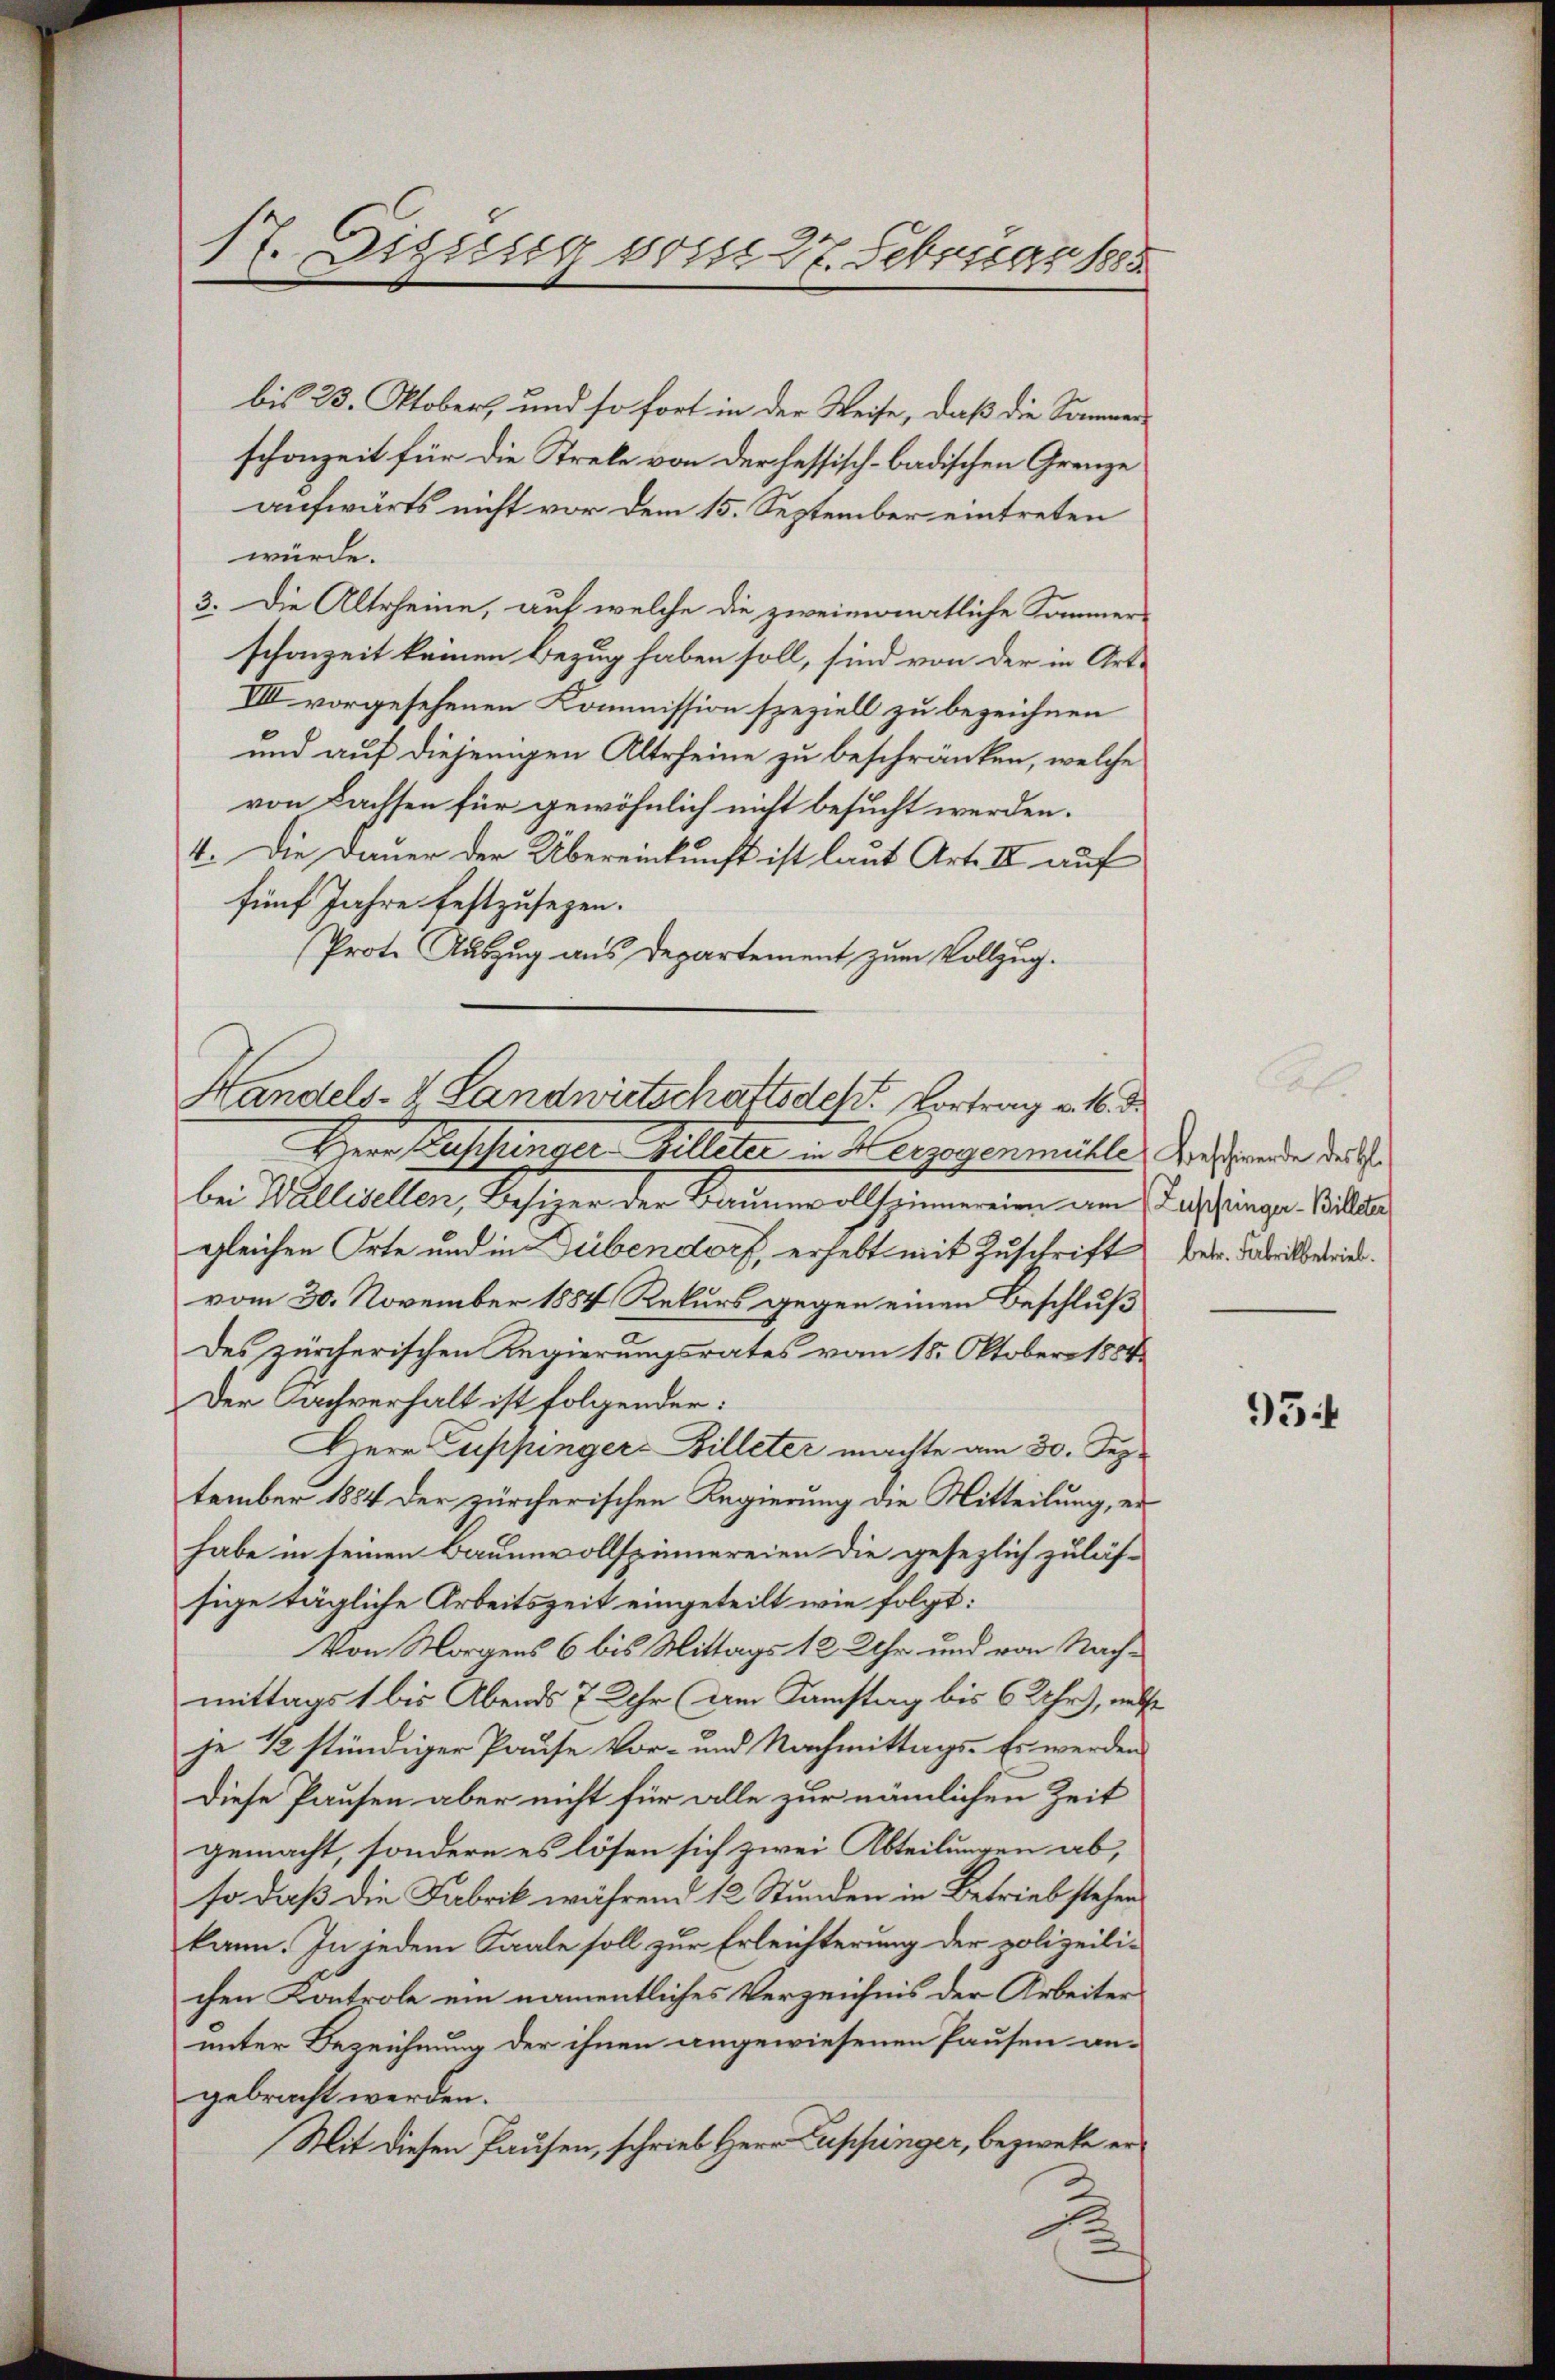
17. Eigierig vorst 27. Februar 1885

bis 25. Oktober, und so fort in der Weise, daß die Sammen
schonzeit für die Strele von der fessisch-badischen Grenze
aufwärts nicht vor dem 15. September eintreten
würde.
3. Die Altrheine, auf welche die zweimonatliche Sommer-
schonzeit keinen Bezug haben soll, sind von der in Art¬
VIII vorgesehenen Kommission speziell zu bezeichnen
und auf diejenigen Altefeine zu beschränken, welche
von Lachsen für gewöhnlich nicht besucht werden.
4. Die Dauer der Übereinkunft ist laut Art. II auf
fünf Jahre festzusezen.
Prote Auszug aus Departement zum Vollzug.
Herr Buschringer Billeter in Herzogenmühle. Geschwerde des
bei Wallisellen, Besizer der Baumwollspinnereien am Taschinger Bilder
gleichen Orte und in Dübendorf, erhebt mit Zuschrift betr. dabeilberiet.
vom 30. November 1884 Rekurs gegen einen Beschluß
des zürcherischen Regierungsrates vom 15. Oktober 1884.
Der Sachverhalt ist folgender:
Herr Suppinger Billeter machte am 30. Sep.
tember 1884 der zürcherischen Regierung die Mitteilung, erhabe in seinen Bauenvollspinnereien die gesezlich zuläs-
sige tägliche Arbeitszeit eingeteilt wie folgt:
Von Morgens 6 bis Mittags 12 Uhr und von Nachmittags 1 bis Abends 7 Uhr (am Samstag bis 6 Uhr), nicht
je 1 stündiger Pause Vor- und Nachmittags- Es werden
Diese Pausen aber nicht für alle zur nämlichen Zeit
gemacht, sondern es lösen sich zwei Abteilungen ab,
so daß die Fabrik während 12 Stunden in Betrieb stehen
kann. In jedem Saale soll zur Erleichterung der polizeilichen Kontrole ein namentliches Verzeichnis der Arbeiter
unter Bezeichnung der ihnen angewiesenen Pausen an-
gebracht werden.
Mit diesen Pausen, schrieb Herr Luppinger, bezweke er¬
0

Handels- & Landwirtschaftsdes Vortrag v. M. d

934